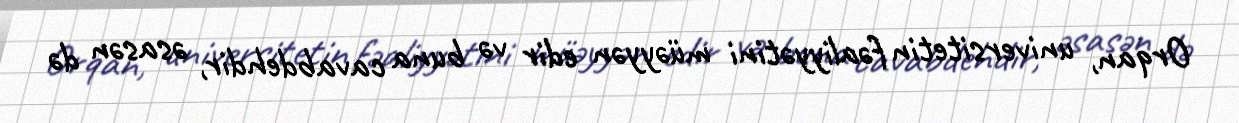
Orqan, universitetin fəaliyyətini müəyyən edir və buna cavabdehdir, əsasən də